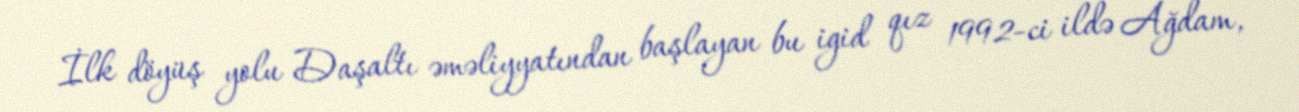
İlk döyüş yolu Daşaltı əməliyyatından başlayan bu igid qız 1992-ci ildə Ağdam,